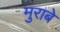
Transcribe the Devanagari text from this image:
मुराबे